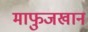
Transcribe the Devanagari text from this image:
माफुजखान